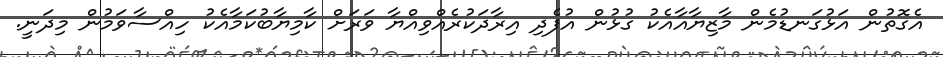
އެގޮތުން އަޅުގަނޑުމެން މާޒިޔާއާއެކު ގުޅުން އުފެދި އިރާދަކުރެއްވިއްޔާ ވަރަށް ކާމިޔާބުކަމާއެކު ހިއްސާވަމުން މިދަނީ.